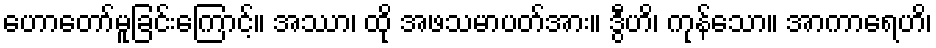
ဟောတော်မူခြင်းကြောင့်။ အဿာ၊ ထို အဖသမာပတ်အား။ ဒွီဟိ၊ ကုန်သော။ အာကာရေဟိ၊